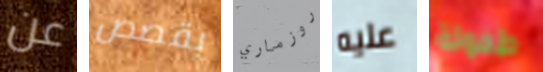
عن بقصص روزماري عليه طفولة